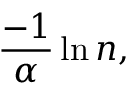
{ \frac { - 1 } { \alpha } } \ln n ,